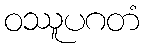
ဝဿူပဂတံ